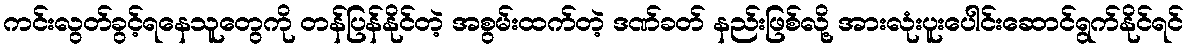
ကင်းလွတ်ခွင့်ရနေသူတွေကို တန်ပြန်နိုင်တဲ့ အစွမ်းထက်တဲ့ ဒဏ်ခတ် နည်းဖြစ်လို့ အားလုံးပူးပေါင်းဆောင်ရွက်နိုင်ရင်